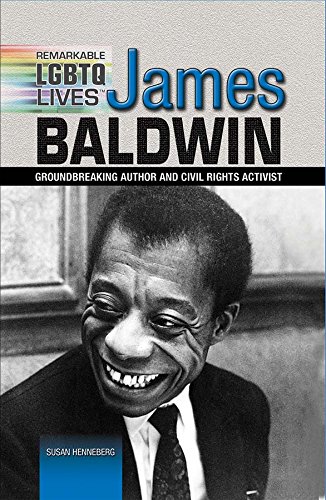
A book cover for James Baldwin: Groundbreaking Author and Civil Rights Activist (Remarkable Lgbtq Lives); Susan Henneberg; Teen & Young Adult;